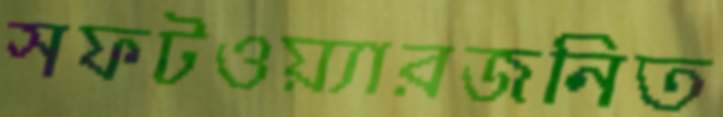
সফটওয়্যারজনিত